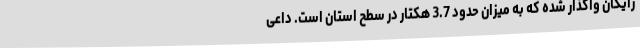
رایگان واگذار شده که به میزان حدود 3.7 هکتار در سطح استان است. داعی